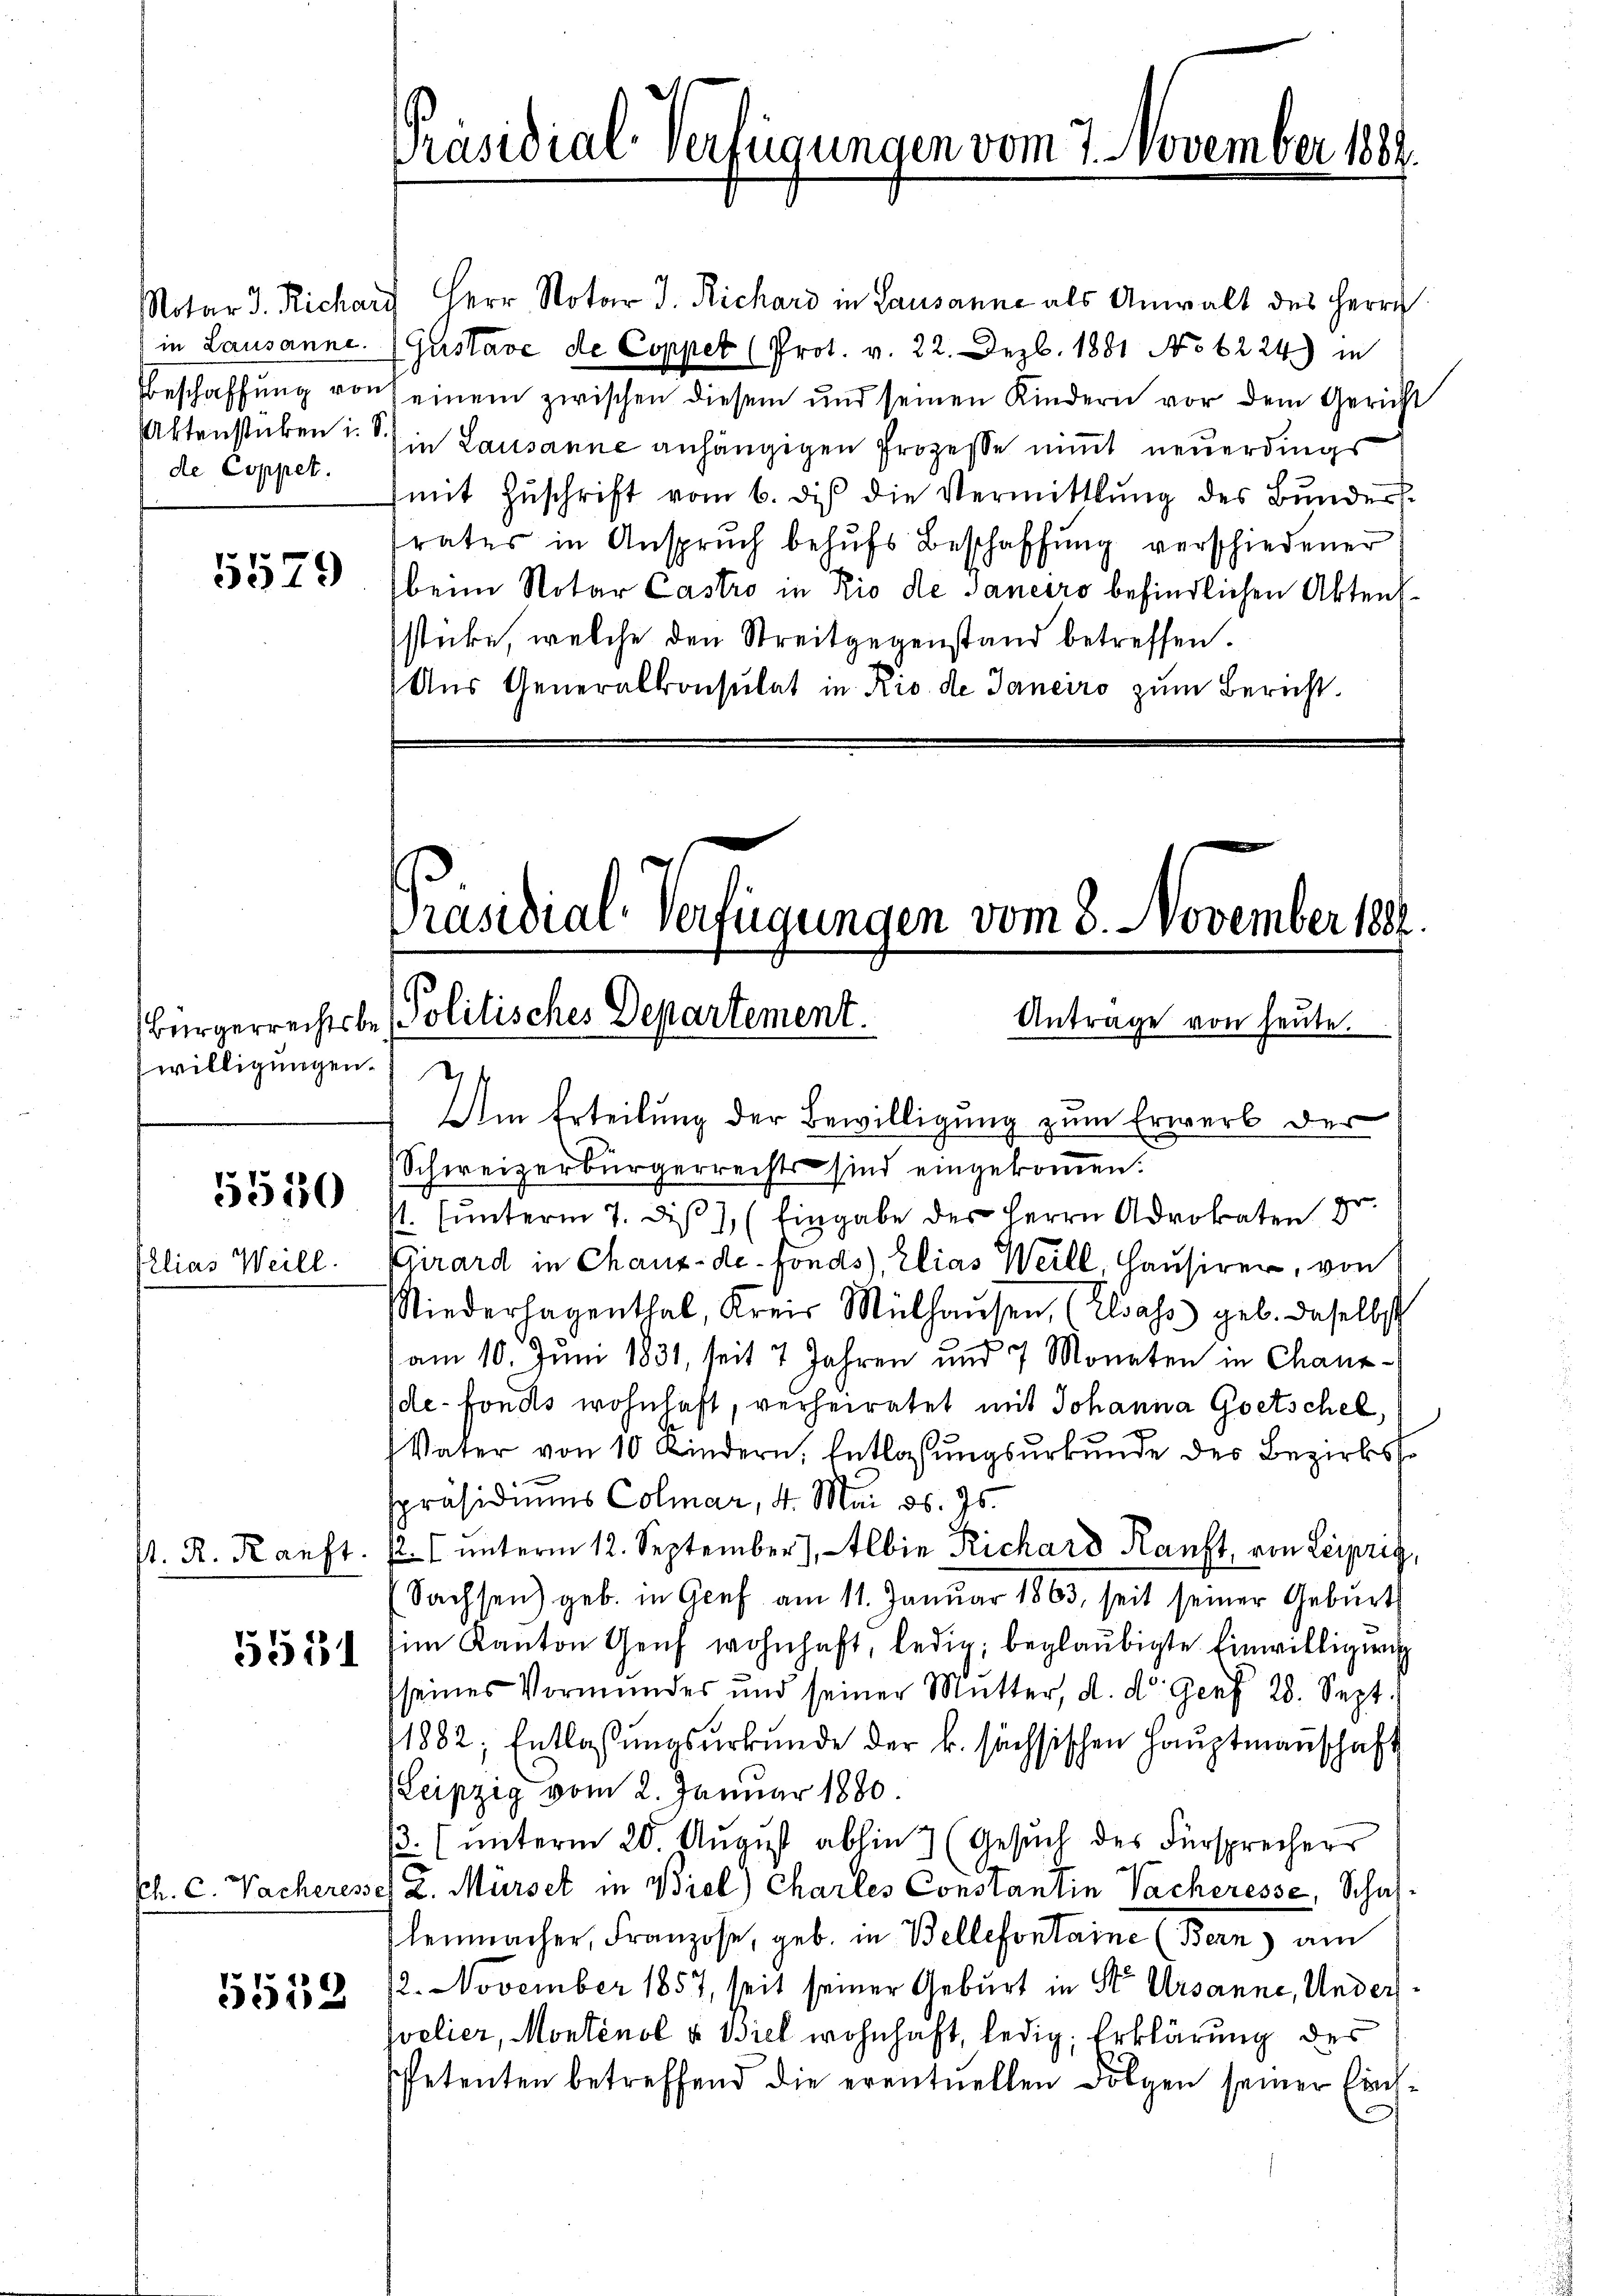
de Coppet.

willigungen. Eis

5550
Ilias Weill.

st. R. Kauft.

5531

5552

Notar d. Richard Herr Notar J. Richard in Lausanne als Anwalt des Herrn
in Lausanne. (Gustave de Coppet (Prot. v. 22. Dezb. 1881 No 6224) in
Beschaffŭng von seinem zwischen diesem und seinen Kindern vor dem Gericht
Aktenstuben i. B. in Lausanne anhängigen Prozesse nimmt neuerdings
(mit Zŭschrift vom 6. di die Vermittlung des Bŭnder-
rates in Ansprŭch behŭfs Beschaffŭng verschiedener
1557 (beim Notar Castro in Rio de Janeiro befindlichen Aktens
stücke, welche den Streitgegenstand betreffen.
Aus Generalkonsulat in Rio de Janeiro zum Bericht.

Präsidial-Verfügungen vom 8. November 1882.
Antrage von heute.
Bürgerrechtsbe Politisches Departement.

Präsidial-Verfügungen vom 7. November 1884.

Im Erteilung der Bewilligung zum Erwerb der
Schweizerbürgerrechts sind eingekommen.
s. (unterm 7. dies 1 (Eingabe des Herrn Advokaten
Girard in Chaux-de-Fonds), Elias Weill, Hausirer, von
Niederhagenthal, Kreis Mülhausen, (Elsass geb. daselbst
am 10. Juni 1831, seit 2 Jahren und 7 Monaten in Chaux-
de-Fonds wohnhaft, verheiratet mit Johanna Goetschel,
Vater von 10 Kindern, Entlassungsurkunde des Bezirksho
spräsidiums Colmar, 4. Mai d. Js.
2. unterm 12. September), - Elbie Richard Kauft, von Leipzig,
Sachsen) geb. in Genf am 11. Januar 1863, seit seiner Geburts
im Kanton Genf wohnhaft, ledig, beglaubigte Einwilligung
seines Vormundes und seiner Mutter, d. d. Genf 28. Sept.
1882, Entlassungsurkunde der k. sächsischen Hauptmannschaft
Leipzig vom 2. Januar 1880.
β. (unterm 20. August abhin 7 (Gesŭch des Fürsprechers
Ph. C. Nacheresses L. Mürsek in Biel) Charles Constantin Vacheresse, Schaflenmacher, Franzose, geb. in Bellefontaine (Bern) am
2. November 1857, seit seiner Geburt in St. Ursanne, Undersvelier, Monténol u. Biel wohnhaft, ledig, Erklärung des
Petenten betreffend die eventuellen Folgen seiner Land¬